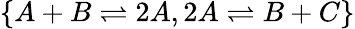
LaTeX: \{ A+B\rightleftharpoons 2A,2A\rightleftharpoons B+C\}